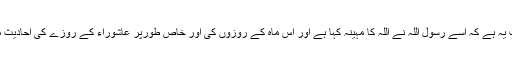
اس مہینے کی ایک فضیلت یہ ہے کہ اسے رسول اللہؐ نے اللہ کا مہینہ کہا ہے اور اس ماہ کے روزوں کی اور خاص طورپر عاشوراء کے روزے کی احادیث میں بڑی فضیلت وارد ہے۔